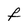
Character: f